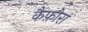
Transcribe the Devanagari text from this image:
कैफ़ोरा